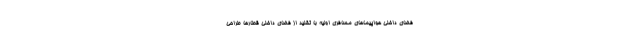
فضای داخلی هواپیماهای مسافری اولیه با تقلید از فضای داخلی قطارها طراحی